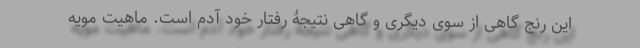
این رنج گاهی از سوی دیگری و گاهی نتیجۀ رفتار خودِ آدم است. ماهیت مویه